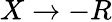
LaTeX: X\rightarrow-R